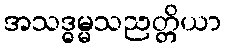
အသဒ္ဓမ္မသညတ္တိယာ